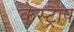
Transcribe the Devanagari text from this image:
केस्ट्राप